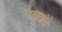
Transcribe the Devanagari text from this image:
गवयांचे